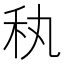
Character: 秇